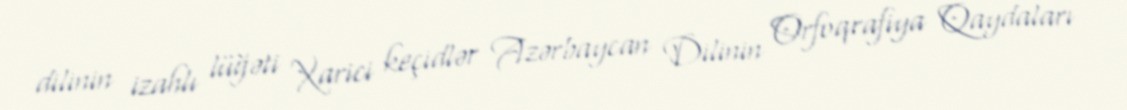
dilinin izahlı lüğəti Xarici keçidlər Azərbaycan Dilinin Orfoqrafiya Qaydaları